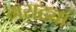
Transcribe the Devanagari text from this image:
मराठ्यां